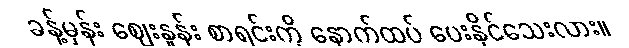
ခန့်မှန်း ဈေးနှုန်း စာရင်းကို နောက်ထပ် ပေးနိုင်သေးလား။